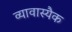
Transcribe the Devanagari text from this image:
व्यावास्यैक